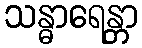
သန္ဓာရေန္တာ